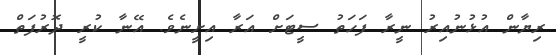
ރިޔާން އުޅުނުއިރު ނީރާ ފަހަތު ސީޓަށް އަރާ އިށީނެވެ. އޭނާ ކުރީ ދޮރުފަތް